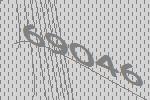
69046